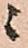
ニ